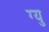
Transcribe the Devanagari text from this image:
ग्यु